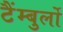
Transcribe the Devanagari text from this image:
टैंम्बुर्लो